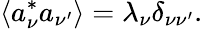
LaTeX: {\langle}a_{\nu}^{\ast}a_{\nu^{\prime}}{\rangle}=\lambda_{\nu}\delta_{\nu\nu^{\prime}}.